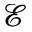
\mathcal { E }